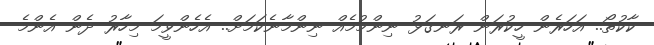
ކާކުތޯ.. އަހަރެން ހީކުރަން ރަނގަޅު ނިންމުމެއް ނިންމާނެކަމަށް.. އެހެންވީމަ މިހާރު ދެން އެންމެ